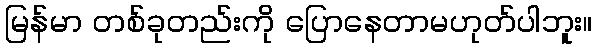
မြန်မာ တစ်ခုတည်းကို ပြောနေတာမဟုတ်ပါဘူး။